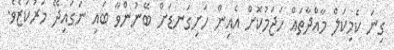
ގިނަ ކެމިކަލް މާއްދާތައް ހަޖަމުކޮށް އެއިން ހަށިގަނޑަށް ބޭނުންވާ ބައި ނަގައިދޭ މަރުކަޒެވެ.